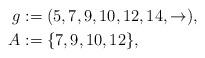
LaTeX: \begin{align*}g & := (5,7,9,10,12,14, \rightarrow),\\A & := \{7, 9, 10, 12 \},\end{align*}